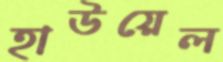
হাউয়েল